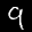
Label: 9